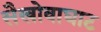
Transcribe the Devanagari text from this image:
सैखोवाघाट